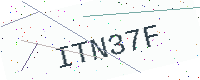
Text: ITN37F